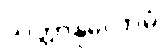
သုတ္တာနုလောမံ